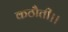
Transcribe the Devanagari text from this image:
कठौती।।